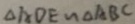
\Delta A D E \sim \Delta A B C